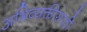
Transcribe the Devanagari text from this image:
अभिव्यक्तीसाठी